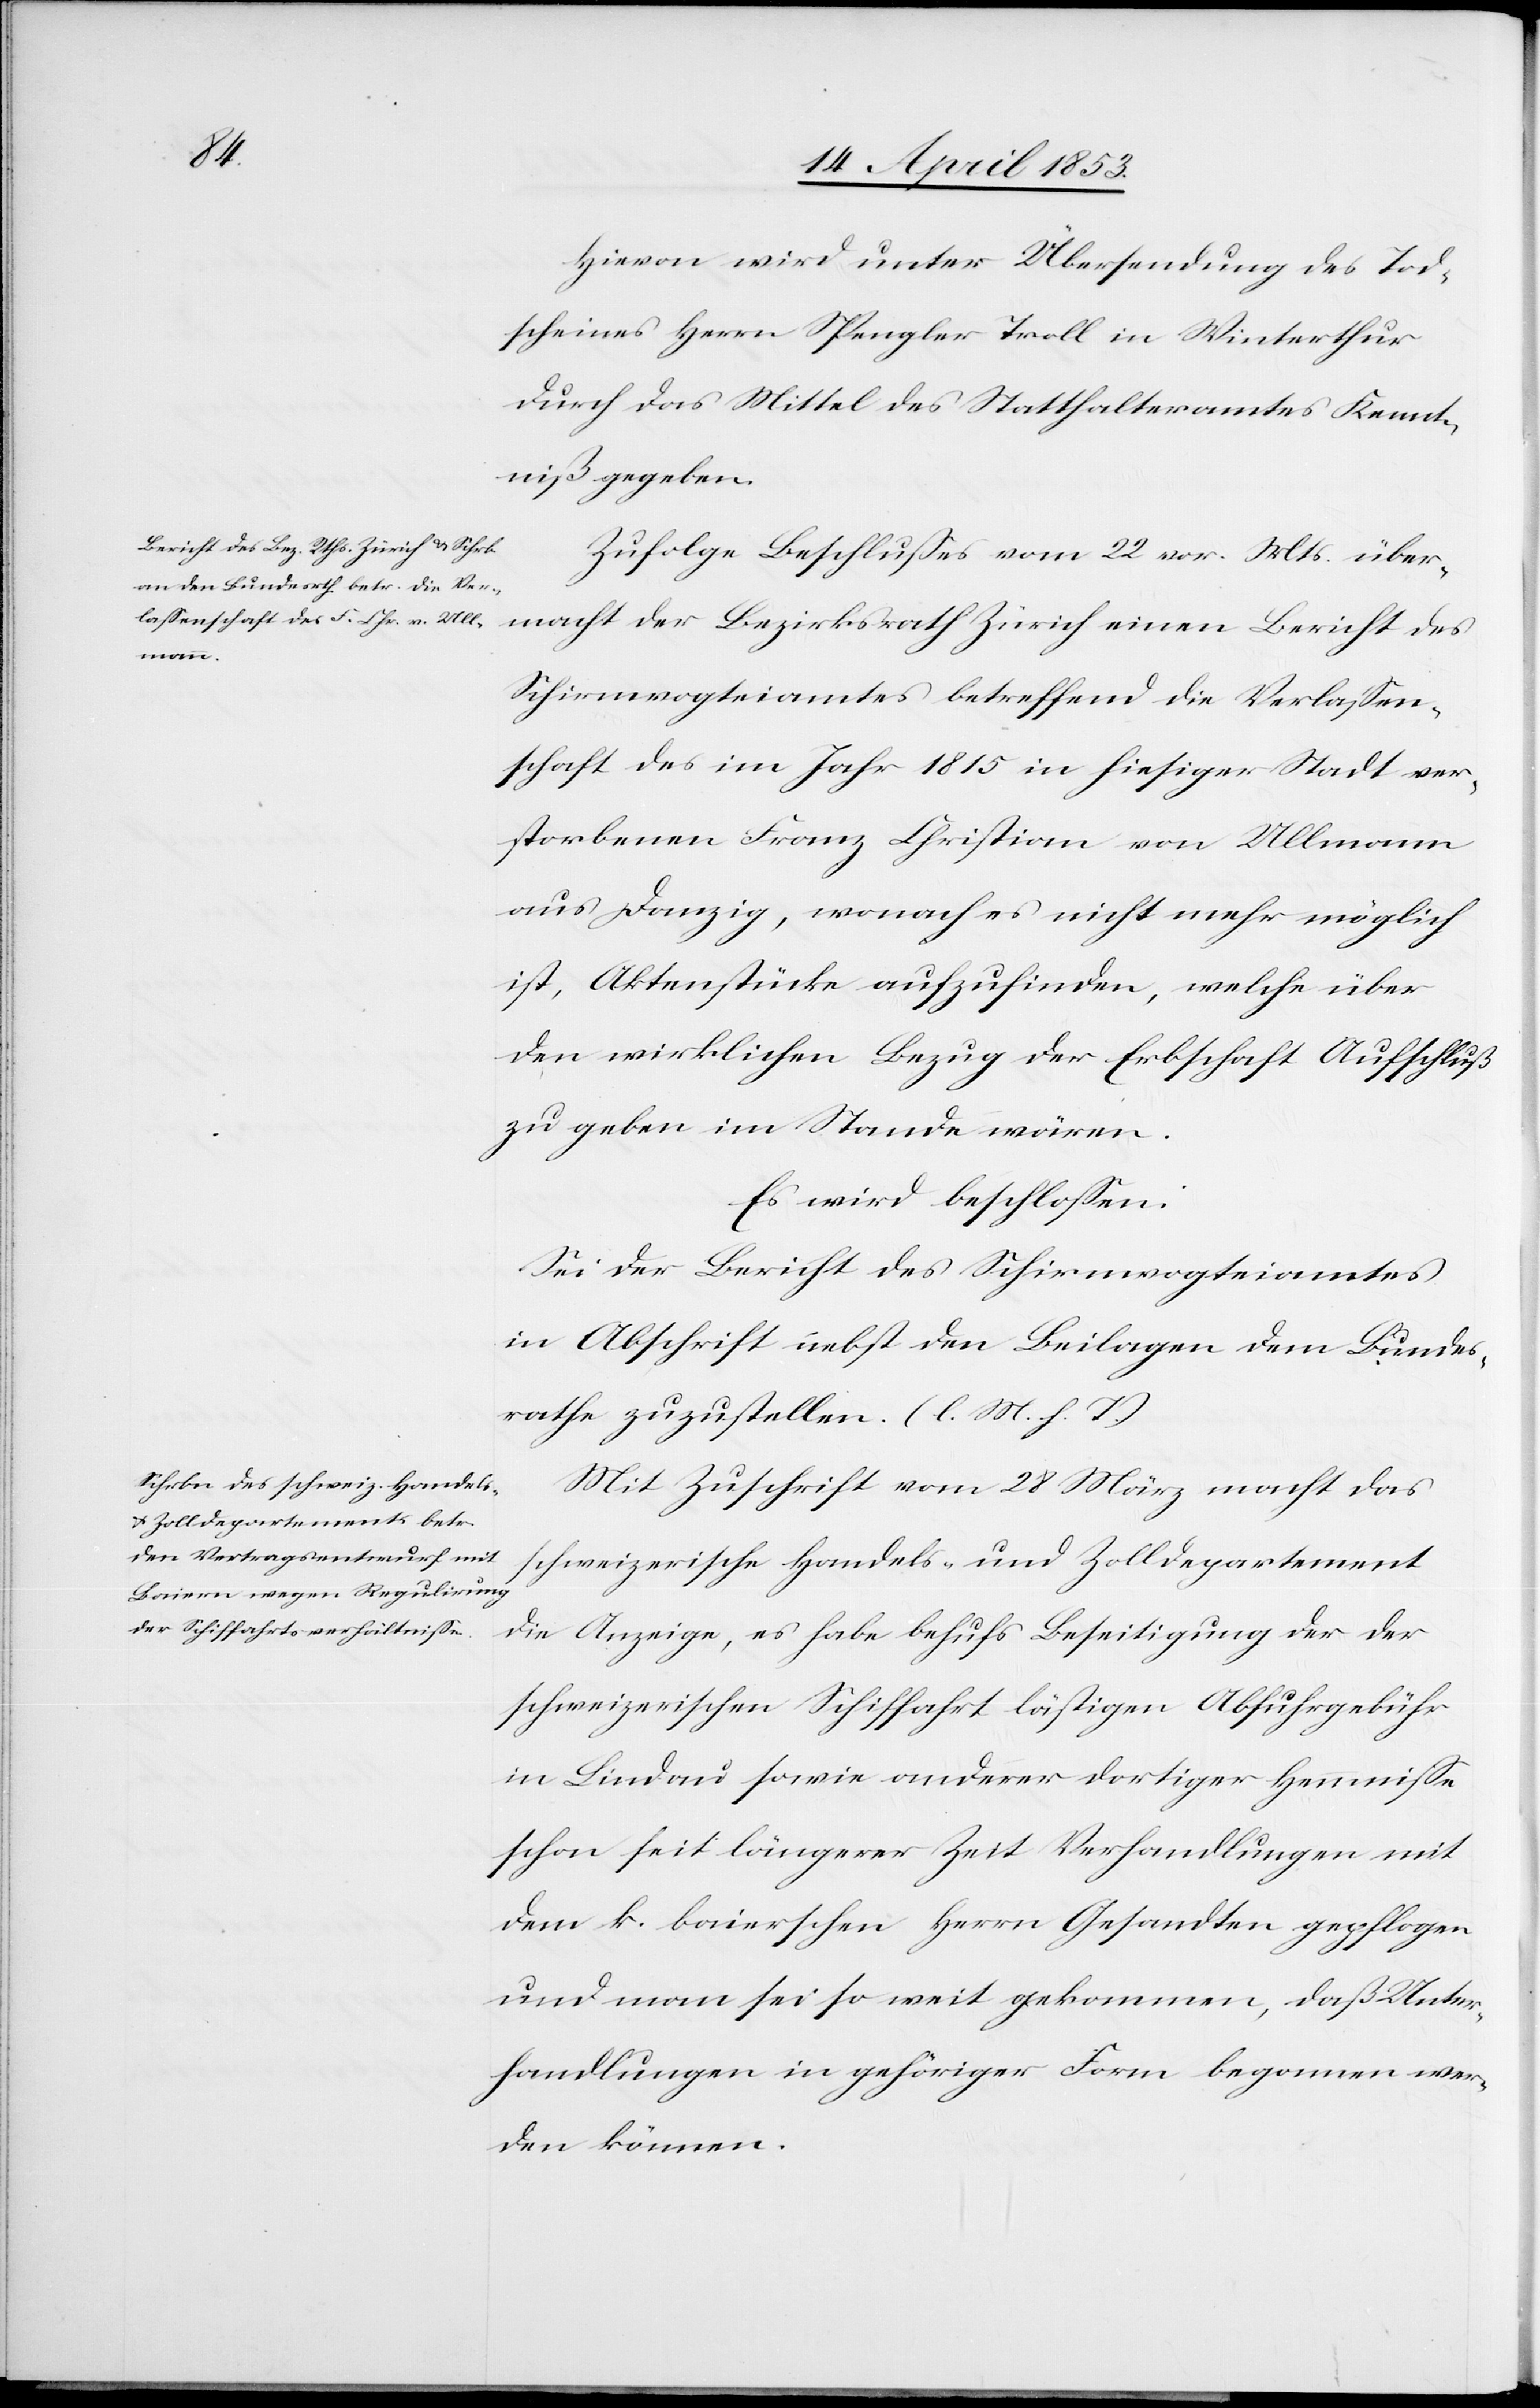
Hievon wird unter Übersendung des Tod¬
scheines Herrn Spengler Troll in Winterthur
durch das Mittel des Statthalteramtes Kennt¬
niß gegeben.
Zufolge Beschlußes vom 22 vor. Mts. über¬
macht der Bezirksrath Zürich einen Bericht des
Schirmvogteiamtes betreffend die Verlaßen¬
schaft des im Jahr 1815 im hiesiger Stadt ver¬
storbenen Franz Christian von Ullmann
aus Danzig, wonach es nicht mehr möglich
ist, Aktenstücke aufzufinden, welche über
den wirklichen Bezug der Erbschaft Aufschluß
zu geben im Stande wären.
Es wird beschloßen:
Sei der Bericht des Schirmvogteiamtes
in Abschrift nebst den Beilagen dem Bundes¬
rathe zuzustellen. [l. M. h. T]
Mit Zuschrift vom 28 März macht das
schweizerische Handels- und Zolldepartement
die Anzeige, es habe behufs Beseitigung der der
schweizerischen Schiffahrt lästigen Abfuhrgebühr
in Lindau sowie anderer dortiger Hemmniße
schon seit längerer Zeit Verhandlungen mit
dem k. baierischen Herrn Gesandten gepflogen
und man sei so weit gekommen, daß Unter¬
handlungen in gehöriger Form begonnen wer¬
den können.